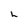
Character: L